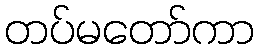
တပ်မတော်ကာ